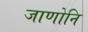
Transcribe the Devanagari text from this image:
जाणोनि